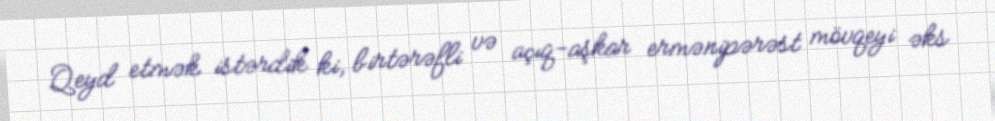
Qeyd etmək istərdik ki, birtərəfli və açıq-aşkar ermənipərəst mövqeyi əks